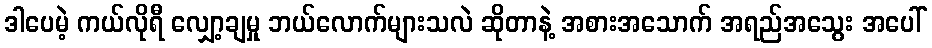
ဒါပေမဲ့ ကယ်လိုရီ လျှော့ချမှု ဘယ်လောက်များသလဲ ဆိုတာနဲ့ အစားအသောက် အရည်အသွေး အပေါ်